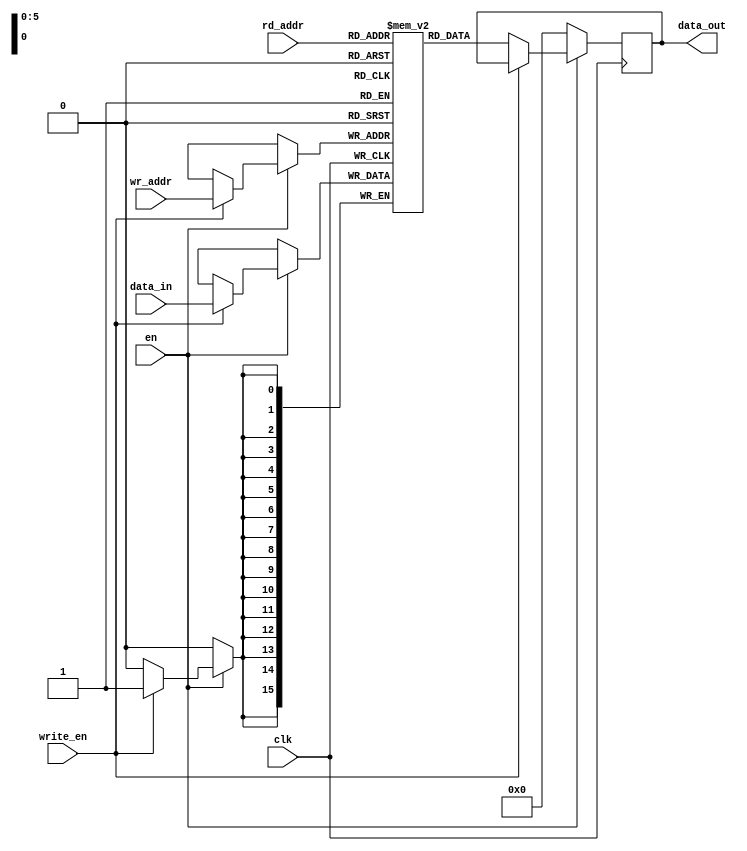
//action ram
module action_ram(clk, en, wr_addr, rd_addr, write_en, data_in, data_out);
  input clk;
  input en;
  input write_en;
  input[5:0] wr_addr ;
  input[5:0] rd_addr;
  input[15:0] data_in;

  output reg[15:0] data_out;

  //Memory Model
  reg[15:0] mem[0:63];

  //read initial memory access
//   initial begin
//       $readmemh ("memory_in.list", mem);
//   end
  
  always@(posedge clk) begin
      if(!en) begin
          data_out = 16'd0;
      end
      else if (write_en) begin
          mem[wr_addr] <= data_in;
      end
      else begin //read mode
          data_out <= mem[rd_addr]; 
      end
  end
endmodule